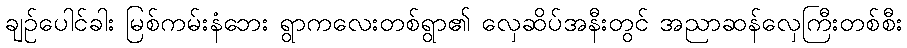
ချဉ်ပေါင်ခါး မြစ်ကမ်းနံဘေး ရွာကလေးတစ်ရွာ၏ လှေဆိပ်အနီးတွင် အညာဆန်လှေကြီးတစ်စီး